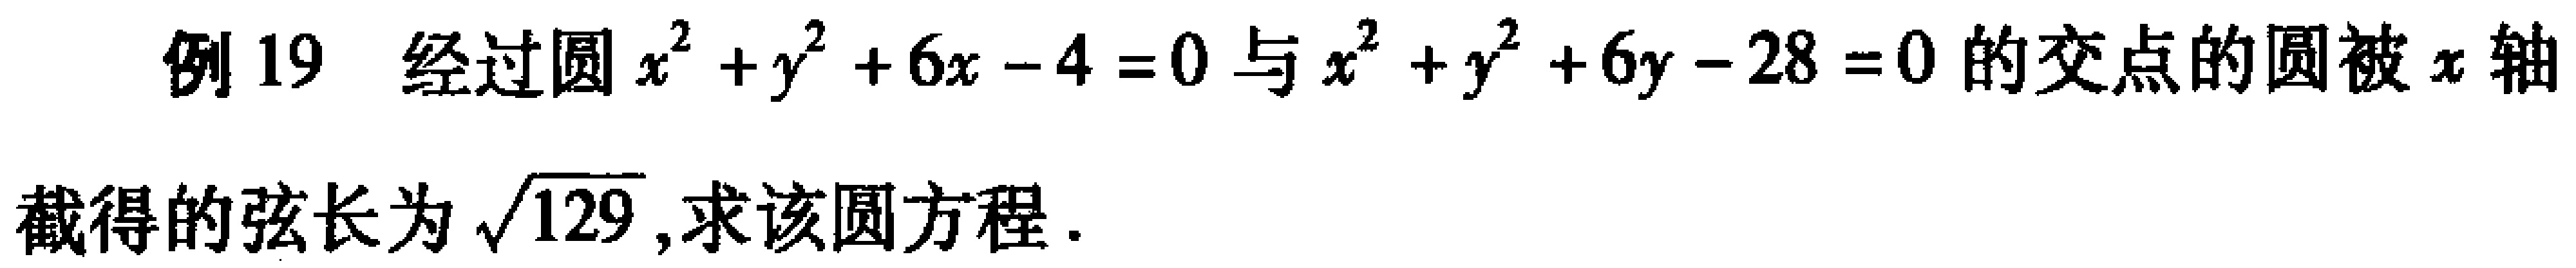
例 19 经过圆\(x^{2}+y^{2}+6x - 4 = 0\)与\(x^{2}+y^{2}+6y - 28 = 0\)的交点的圆被\(x\)轴截得的弦长为\(\sqrt{129}\),求该圆方程.